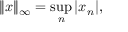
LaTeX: \| x \| _ { \infty } = \operatorname* { s u p } _ { n } | x _ { n } | ,